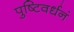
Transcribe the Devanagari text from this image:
पुष्टिवर्धनं